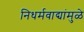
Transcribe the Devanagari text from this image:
निधर्मवाद्यांमुळे